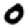
Digit: 0